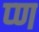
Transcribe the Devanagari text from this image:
प्ण